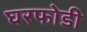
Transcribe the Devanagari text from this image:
घरफोडी